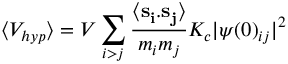
\langle V _ { h y p } \rangle = V \sum _ { i > j } \frac { \langle { \bf s _ { i } } . { \bf s _ { j } } \rangle } { m _ { i } m _ { j } } K _ { c } | \psi ( 0 ) _ { i j } | ^ { 2 }